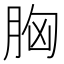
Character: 胸